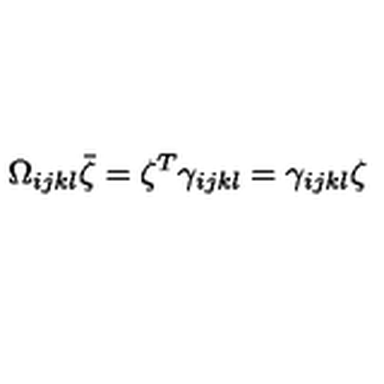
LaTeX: \Omega _ { i j k l } \bar { \zeta } = \zeta ^ { T } \gamma _ { i j k l } = \gamma _ { i j k l } \zeta